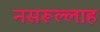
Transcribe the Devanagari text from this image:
नसरूल्लाह